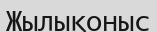
Жылықоныс